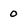
Character: 0